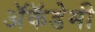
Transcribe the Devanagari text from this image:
अॅकॅडेमी